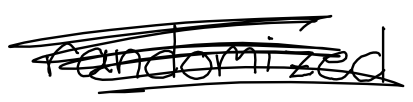
Text: randomized
Cross-out: scratch
Writing tool: digital_black